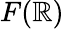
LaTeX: F(\mathbb{R})